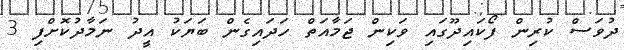
ދުވަސް ކުރިން ފޯކައިދޫގައި ވަކިން ޖަމާއަތް ހަދައިގެން ބަޔަކު އީދު ނަމާދުކޮށްފި 3